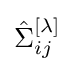
{\hat {\Sigma }}_{ij}^{[\lambda ]}